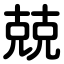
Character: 兢